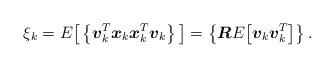
LaTeX: \begin{align*} \xi_k = E \big[ \left\{\boldsymbol{v}^T_{k} \boldsymbol{x}_k \boldsymbol{x}^T_{k}\boldsymbol{v}_k \right\} \big] = \left\{\boldsymbol{R} E \big[ \boldsymbol{v}_{k} \boldsymbol{v}^T_k \big]\right\} .\end{align*}